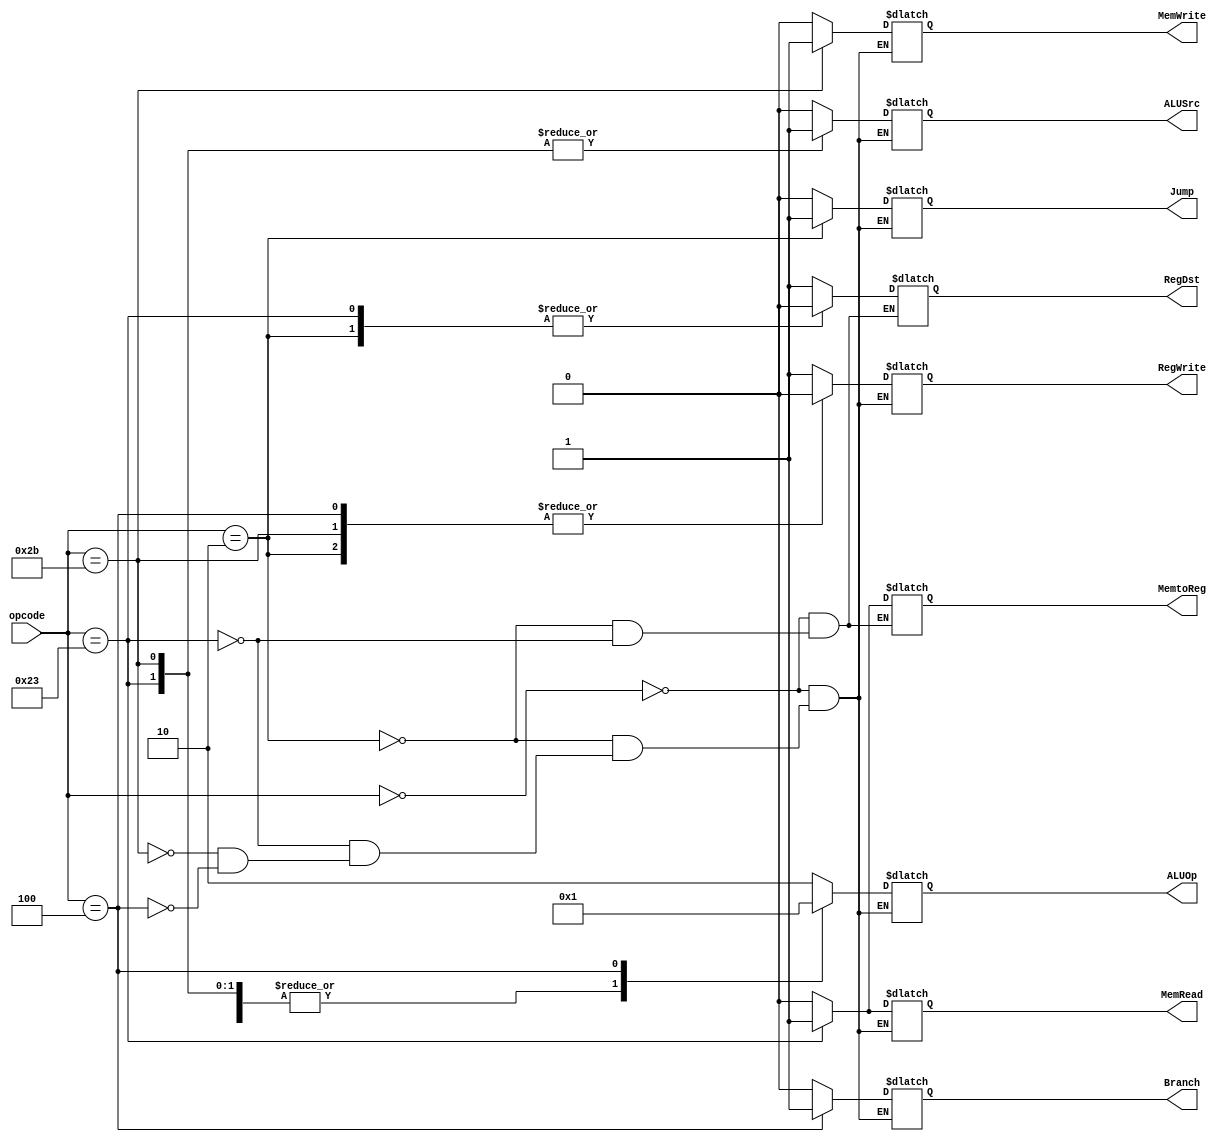
`timescale 1ns / 1ps
//////////////////////////////////////////////////////////////////////////////////
// Company: 
// Engineer: 
// 
// Design Name: 
// Module Name: Control
// Project Name: 
// Target Devices: 
// Tool Versions: 
// Description: 
// 
// Dependencies: 
// 
// Revision:
// Revision 0.01 - File Created
// Additional Comments:
// 
//////////////////////////////////////////////////////////////////////////////////


module Control(
    input wire [5:0] opcode,
    output reg RegDst,
    output reg Jump,
    output reg Branch,
    output reg MemRead,
    output reg MemtoReg,
    output reg [1:0] ALUOp,
    output reg MemWrite,
    output reg ALUSrc,
    output reg RegWrite
    );
    
    initial begin
        RegDst <= 1'b0;
        Jump <= 1'b0;
        ALUSrc <= 1'b0;
        MemtoReg <= 1'b0;
        RegWrite  <= 1'b0;
        MemRead <= 1'b0;
        MemWrite <= 1'b0;
        Branch <= 1'b0;
        ALUOp <= 2'b00;
    end
    
    
        // run when opcode changes
        always @(opcode) begin
        case(opcode)
            0: begin            // R-type instruction
                RegDst <= 1'b1;
                Jump <= 1'b0;
                ALUSrc <= 1'b0;
                MemtoReg <= 1'b0;
                RegWrite  <= 1'b1;
                MemRead <= 1'b0;
                MemWrite <= 1'b0;
                Branch <= 1'b0;
                ALUOp <= 2'b10;
            end
            2: begin            // Jump
                RegDst <= 1'b0;
                Jump <= 1'b1;
                ALUSrc <= 1'b0;
                MemtoReg <= 1'b0;
                RegWrite  <= 1'b0;
                MemRead <= 1'b0;
                MemWrite <= 1'b0;
                Branch <= 1'b0;
                ALUOp <= 2'b00;
            end
            35: begin            // Load Word
                RegDst <= 1'b0;
                Jump <= 1'b0;
                ALUSrc <= 1'b1;
                MemtoReg <= 1'b1;
                RegWrite  <= 1'b1;
                MemRead <= 1'b1;
                MemWrite <= 1'b0;
                Branch <= 1'b0;
                ALUOp <= 2'b00;
            end
            43: begin            // Store Word
                ALUSrc <= 1'b1;
                Jump <= 1'b0;
                RegWrite  <= 1'b0;
                MemRead <= 1'b0;
                MemWrite <= 1'b1;
                Branch <= 1'b0;
                ALUOp <= 2'b00;
            end
            4: begin            // Branch instruction
                ALUSrc <= 1'b0;
                Jump <= 1'b0;
                RegWrite  <= 1'b0;
                MemRead <= 1'b0;
                MemWrite <= 1'b0;
                Branch <= 1'b1;
                ALUOp <= 2'b01;
            end
        endcase
    end
    
    
endmodule